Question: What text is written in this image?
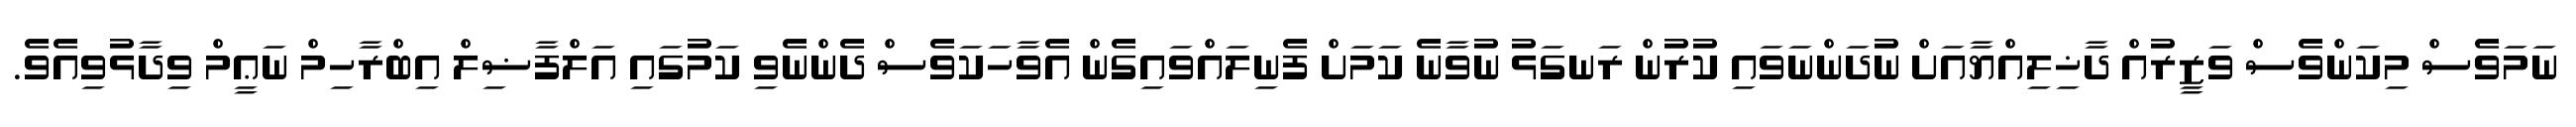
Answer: ނަމަވެސް މިކަންވެސް ވަޒީރުއް ދާޚިލިއްޔާއަށް ނުދަންނަވައި ކުރުން ރަނގަޅު ނުވާނެ ކަމަށް ފެނިލައްވައިގެން އެވާހަކަވެސް ދެންނެވި ކަމުގައި އަލްފާޟިލް އިބްރާހިމް ނަޢީމް ވިދާޅުވިއެވެ.